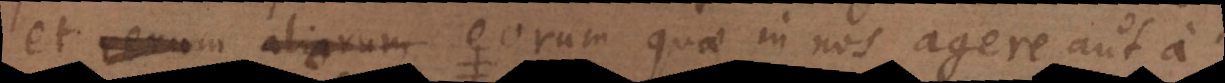
et aliorum eorum quae in nos agere aut a